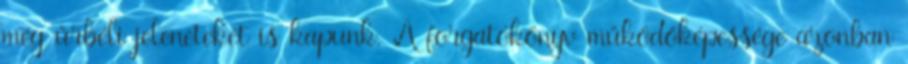
még űrbéli jeleneteket is kapunk. A forgatókönyv működőképessége azonban